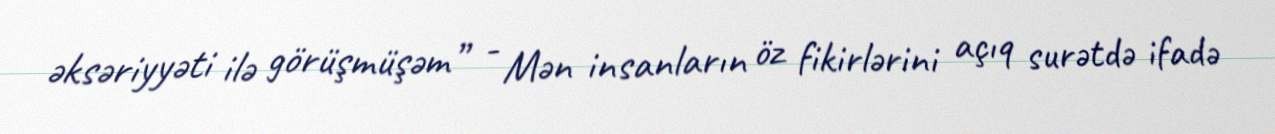
əksəriyyəti ilə görüşmüşəm” - Mən insanların öz fikirlərini açıq surətdə ifadə